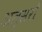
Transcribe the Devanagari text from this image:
अल्सरों